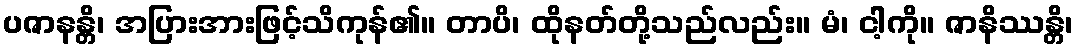
ပဇာနန္တိ၊ အပြားအားဖြင့်သိကုန်၏။ တာပိ၊ ထိုနတ်တို့သည်လည်း။ မံ၊ ငါ့ကို။ ဇာနိဿန္တိ၊